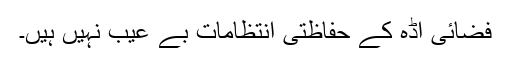
فضائی اڈہ کے حفاظتی انتظامات بے عیب نہیں ہیں۔